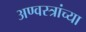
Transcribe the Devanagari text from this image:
अण्वस्त्रांच्या